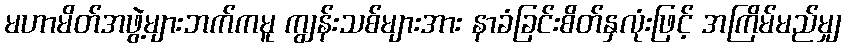
မဟာမိတ်အဖွဲ့များဘက်ကမူ ကျွန်းသစ်များအား နာခံခြင်းစိတ်နှလုံးဖြင့် အကြိမ်မည်မျှ